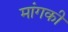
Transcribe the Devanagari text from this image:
मांगकी